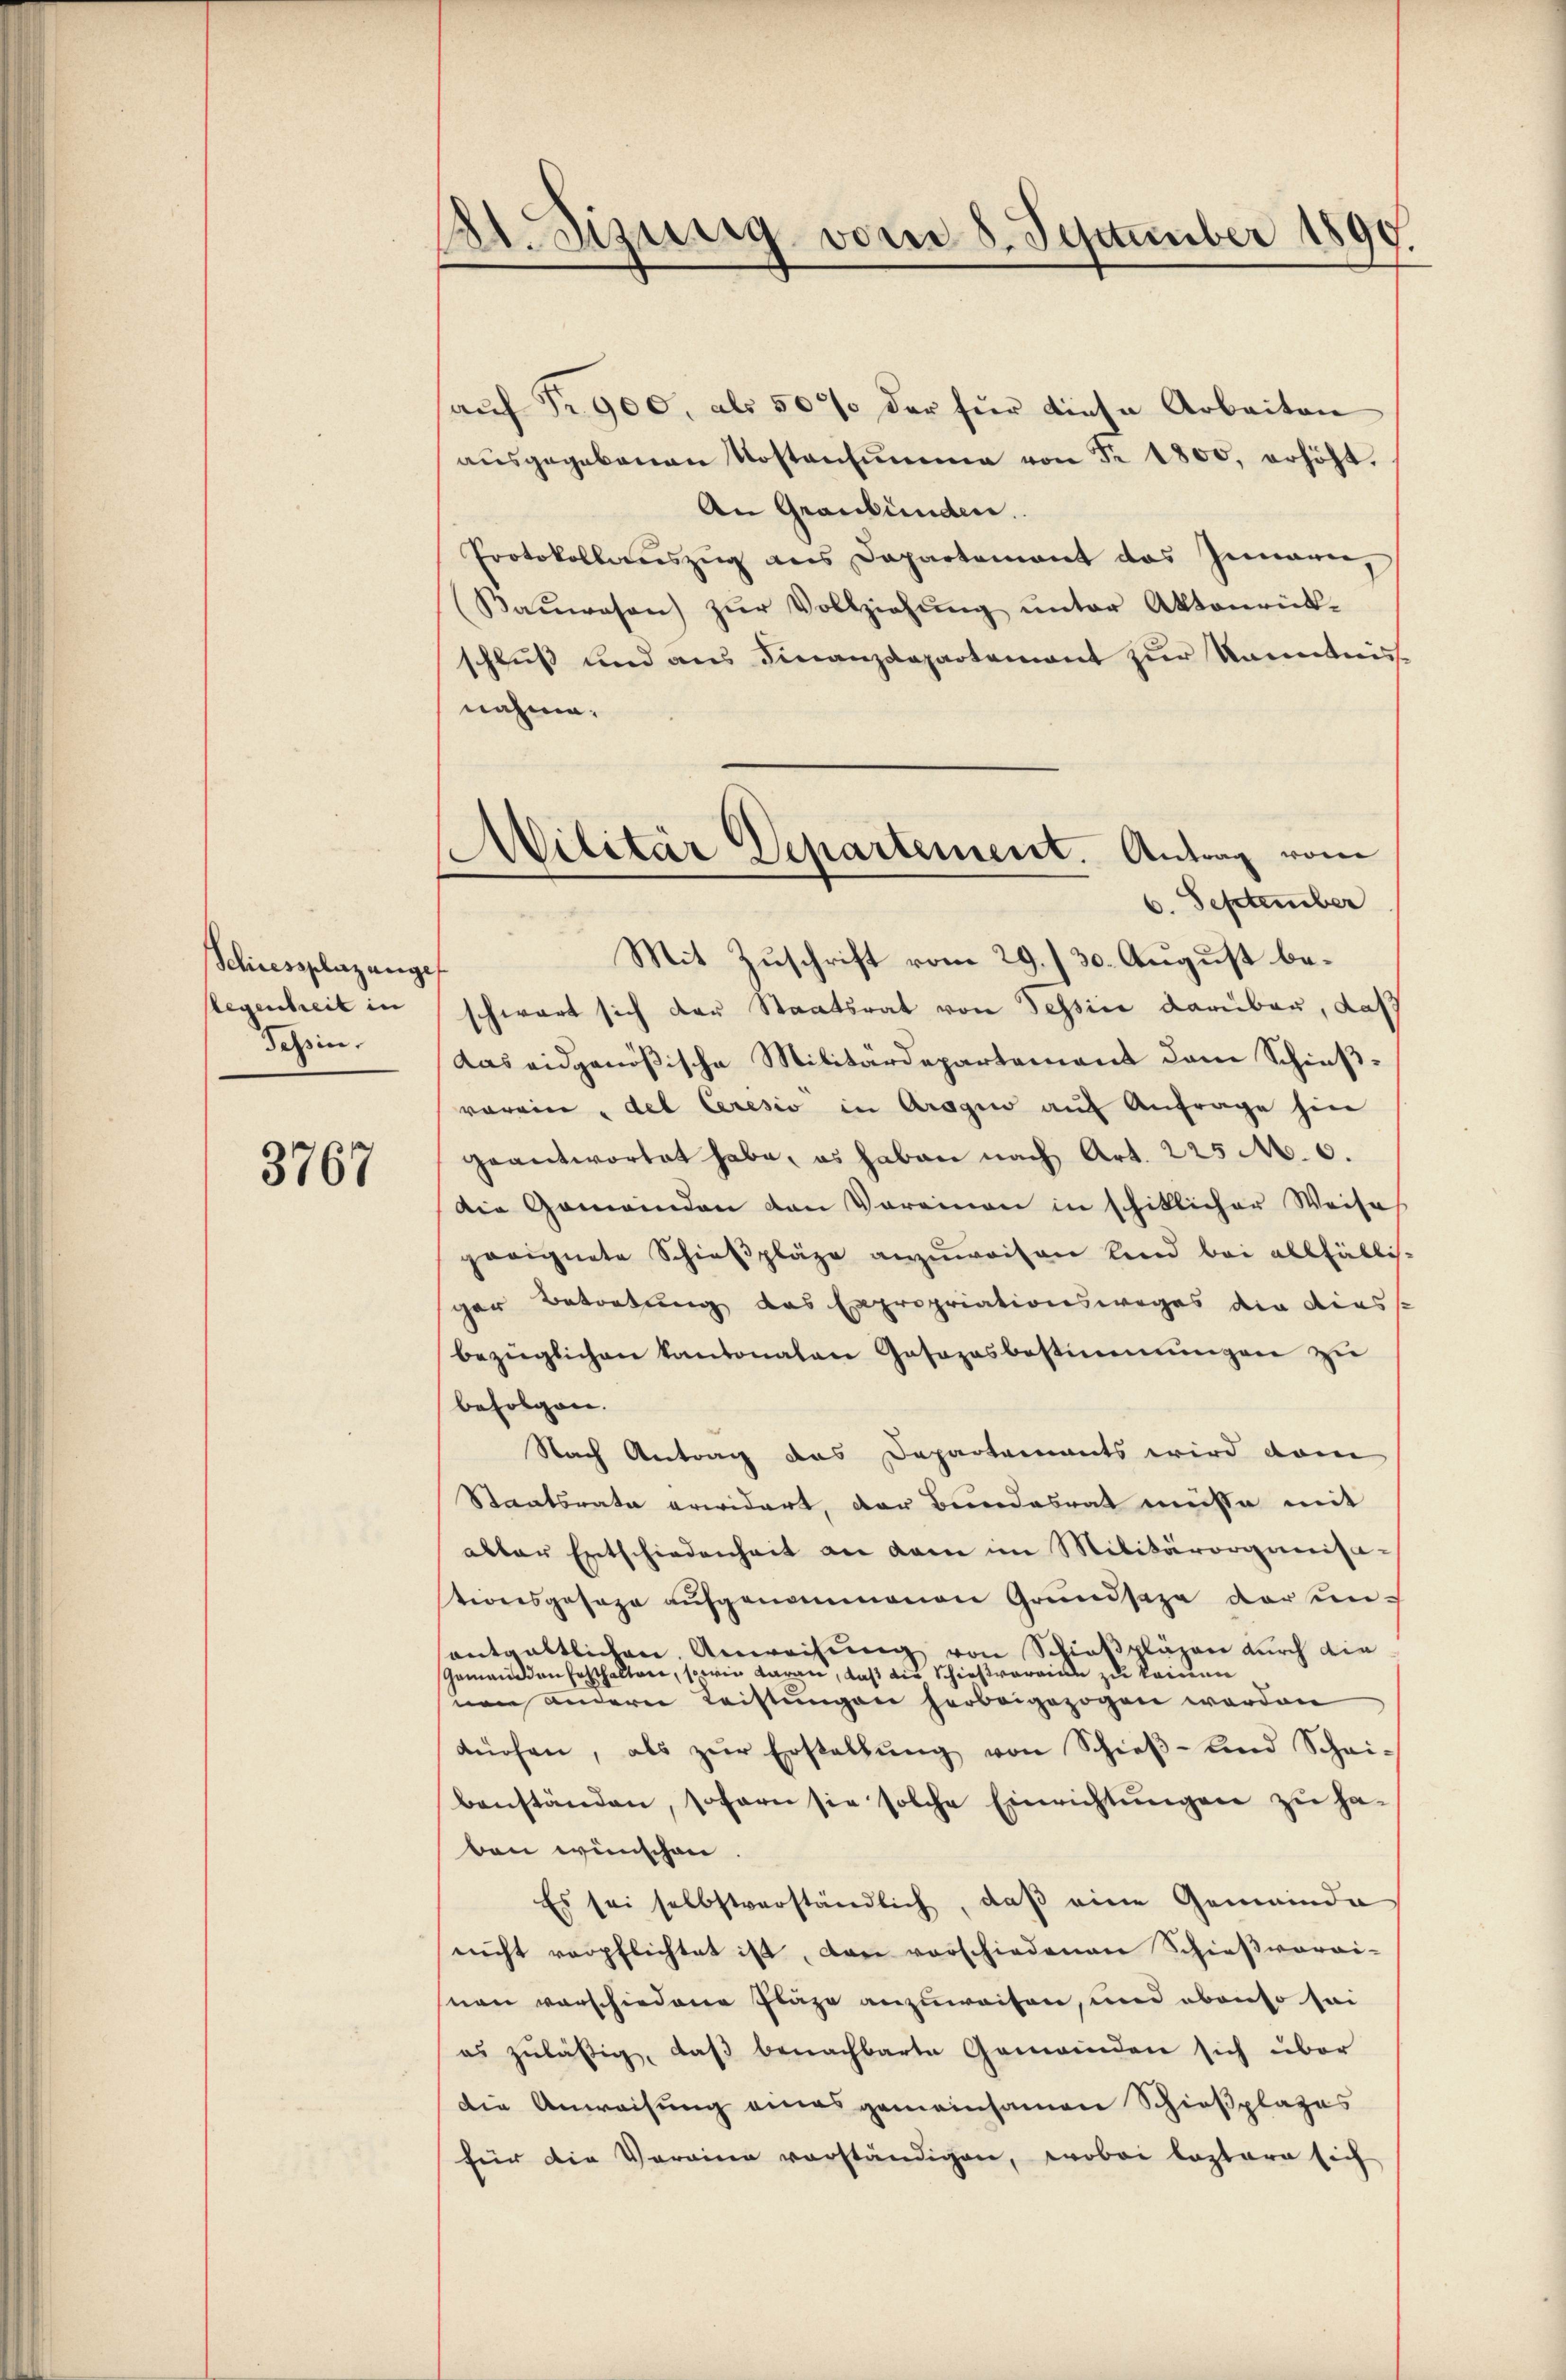
Schiressplazunge
Regenheit in
Schein.

3767

21. Sizung vom 8. September 1890.

aŭf Fr. 900, als 50% der für diese Arbeiten
aŭsgegebenen Kostensŭmme von Fr. 1800, erhöht.
An Graubünden.
Protokollauszug aus Departement das Innern,
Baŭwesen zŭr Vollziehŭng ŭnter Aktenrück-
schluß und aus Finanzdepartement zur kanntniss
nahme.
6. September
Mit Zuschrift vom 29./30. August beschwart sich der Staatsrat von Tessin damibau, daß
das eidgenößische Militärdepartement dem Schießvorein " del Ceresio in Aragio auf Anfrage hin
geantwortet habe, es haben nach Art. 225 M. 6.
Die Gemeinden den Vereinen in schiklicher Weises
geeignete Schieβpläge anzŭweisen sind bei allfällis-
ger Betortung des Expropriationsweges die dies
bezüglichen kantonalen Gasozasbestimmungen zŭ
befolgen.
Nach Antrag das Departements wird vom
Staatsrate erwidert, der Bundesrat mühte mit
abler Entschiedenheit an dem im Militärorganisastionsgesage aŭfgenommenen Grundsaze darunantgeltlichen Anweisung von Schießpläzen durch die
Gemeinden festhalten, so wie daran, daß die Schießvereine zu keinen
nen andern Leistungen herbeigezogen worden
düchen, als zŭr Erstellŭng von Schieβ- und Schaibanständen, sofern sie solche Einrichtŭngen zu ha-
ben wünschen
Es sei selbstverständlich, daβ eine Gemeinde
nicht verpflichtet ist, dan vorschiedenen Schieβvorai-
nen vorschiedene Kläge anzuweisen, und ebenso sei
es zuläßig, daβ benachbarte Gemeinden sich über
die Anweisung eines gemeinsamen Schießplages
für die Verainer vorständigen, wobei leztere sich

Militär Departement. Antrag vom